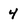
Character: 4